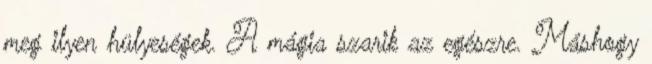
meg ilyen hülyeségek. A mágia szarik az egészre. Máshogy